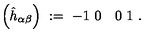
\left( \hat { h } _ { \alpha \beta } \right) \ : = \ { \binom { - 1 \ 0 } { \quad 0 \ 1 } } \ .